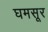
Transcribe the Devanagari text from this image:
घमसूर